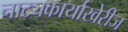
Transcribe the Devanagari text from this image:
नाट्यकार्याखेरीज